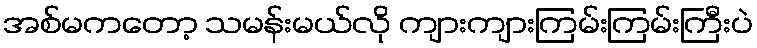
အစ်မကတော့ သမန်းမယ်လို ကျားကျားကြမ်းကြမ်းကြီးပဲ